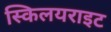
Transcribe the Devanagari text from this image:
स्किलयराइट